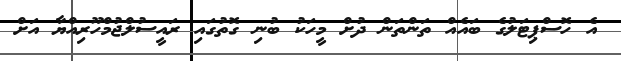
އެ ހޮސްޕިޓަލުގެ ބައެއް ތަންތަން ދުށް މީހަކު ބުނި ގޮތުގައި ރައީސުލްޖުމްހޫރިއްޔާ އަށް